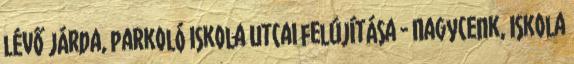
lévő járda, parkoló Iskola utcai felújítása - Nagycenk, Iskola